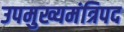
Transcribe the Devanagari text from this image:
उपमुख्यमंत्रिपद